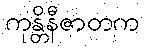
ကုန္တိနီဇာတက